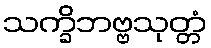
သက္ခိဘဗ္ဗသုတ္တံ